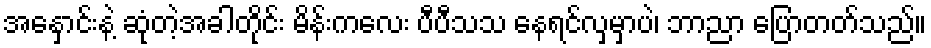
အနှောင်းနဲ့ ဆုံတဲ့အခါတိုင်း မိန်းကလေး ပီပီသသ နေရင်လှမှာပဲ၊ ဘာညာ ပြောတတ်သည်။